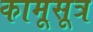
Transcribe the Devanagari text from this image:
कामूसूत्र